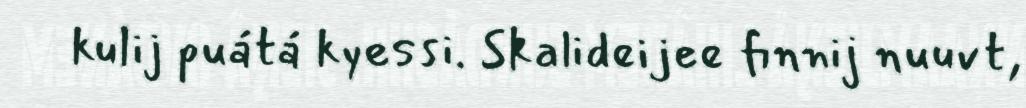
kulij puátá kyessi. Skalideijee finnij nuuvt,